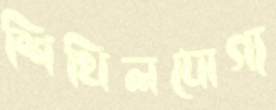
শিথিলযোগ্য